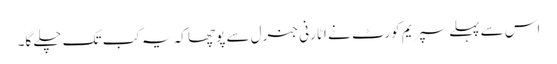
اس سے پہلے سپریم کورٹ نے اٹارنی جنرل سے پوچھا کہ یہ کب تک چلے گا۔